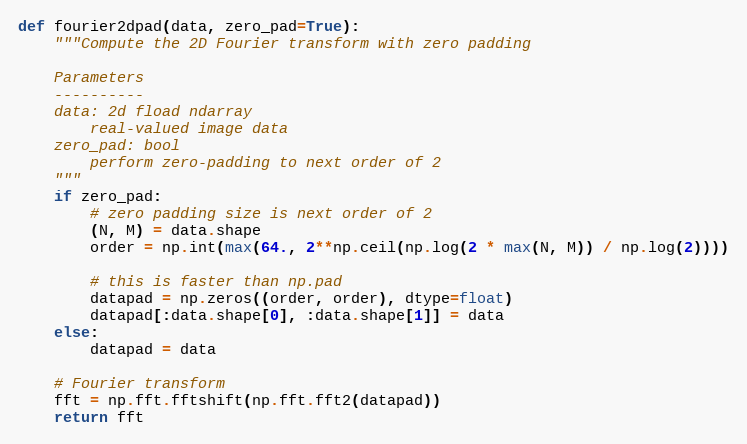
Language: Python
def fourier2dpad(data, zero_pad=True):
    """Compute the 2D Fourier transform with zero padding

    Parameters
    ----------
    data: 2d fload ndarray
        real-valued image data
    zero_pad: bool
        perform zero-padding to next order of 2
    """
    if zero_pad:
        # zero padding size is next order of 2
        (N, M) = data.shape
        order = np.int(max(64., 2**np.ceil(np.log(2 * max(N, M)) / np.log(2))))

        # this is faster than np.pad
        datapad = np.zeros((order, order), dtype=float)
        datapad[:data.shape[0], :data.shape[1]] = data
    else:
        datapad = data

    # Fourier transform
    fft = np.fft.fftshift(np.fft.fft2(datapad))
    return fft